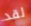
لقد